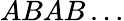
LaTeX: ABAB\ldots